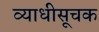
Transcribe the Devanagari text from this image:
व्याधीसूचक